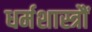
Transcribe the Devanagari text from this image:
धर्मशास्त्रौं